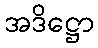
အဒိဋ္ဌော